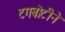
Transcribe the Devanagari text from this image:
टगबोटीने